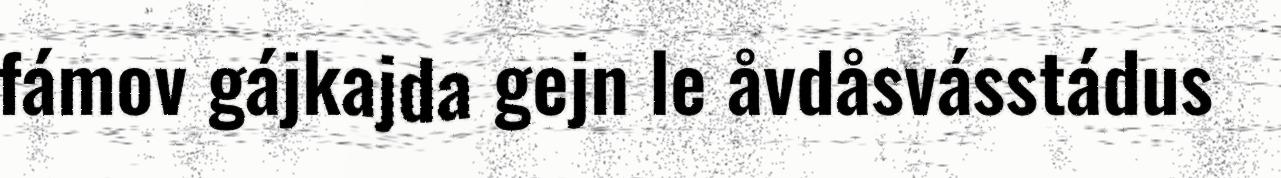
fámov gájkajda gejn le åvdåsvásstádus